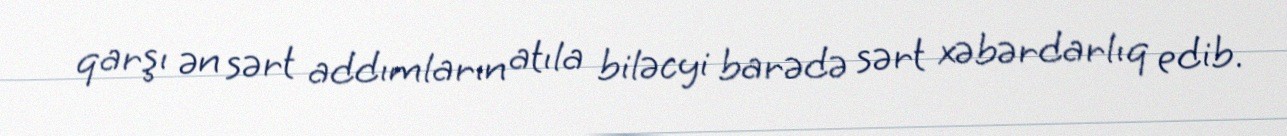
qarşı ən sərt addımların atıla biləcyi barədə sərt xəbərdarlıq edib.